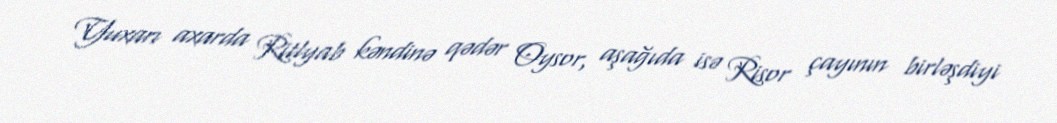
Yuxarı axarda Ritlyab kəndinə qədər Oysor, aşağıda isə Risor çayının birləşdiyi